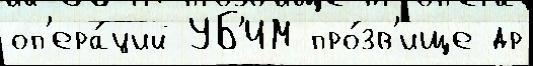
оп'ера́ций УБ'ИМ про́зв'ище др